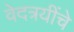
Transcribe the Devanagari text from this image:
वेदत्रयींचे